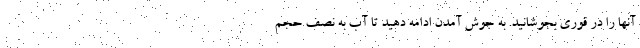
آنها را در قوری بجوشانید. به جوش آمدن ادامه دهید تا آب به نصف حجم